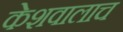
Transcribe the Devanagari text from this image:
केशवालाच